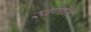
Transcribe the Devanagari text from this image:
स्वर्णीम